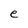
Character: e